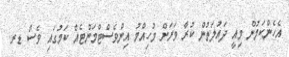
އެހެންކަމުން މިއީ ދައުލަތުން ކުރާ ވަރަށް މުހިއްމު އިންވެސްޓްމަންޓެއް ކަމުގައި ވެސް ޑރ.